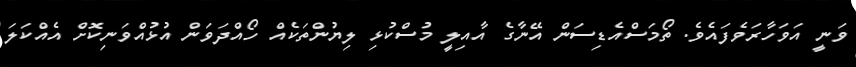
ވަނީ އަވަހާރަވެފައެވެ. ތޯމަސްއެޑިސަން އޭނާގެ އާއިލީ މުސްކުޅި ލިޔުންތަކެއް ހޯއްދަވަން އުޅުއްވަނިކޮށް އެއްކަލަ